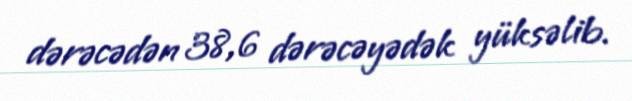
dərəcədən 38,6 dərəcəyədək yüksəlib.